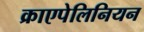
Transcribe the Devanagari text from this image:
क्राएपेलिनियन